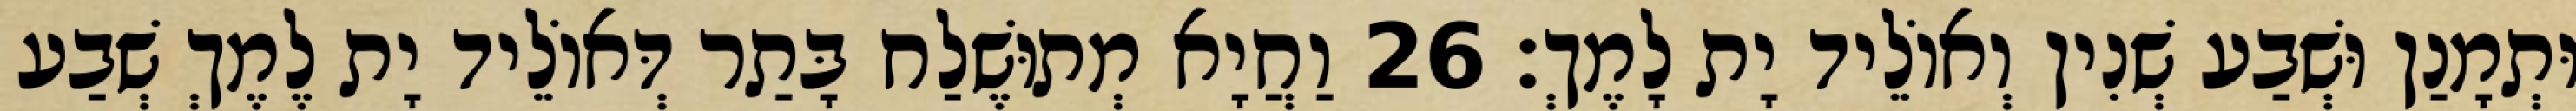
וּתְמָנַן וּשְׁבַע שְׁנִין וְאוֹלֵיד יָת לָמֶךְ׃ 26 וַחֲיָא מְתוּשֶׁלַח בָּתַר דְּאוֹלֵיד יָת לֶמֶךְ שְׁבַע